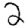
Digit: 2